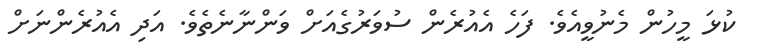
ކުޅަ މީހުން މެނުވީއެވެ. ފަހެ އެއުރެން ސުވަރުގެއަށް ވަންނާނެތެވެ. އަދި އެއުރެންނަށް